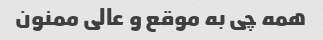
همه چی به موقع و عالی ممنون